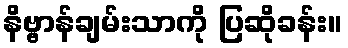
နိဗ္ဗာန်ချမ်းသာကို ပြဆိုခန်း။